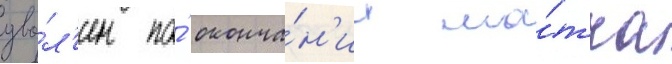
уво́л'ен по́ оконча́н'ии ма́тча